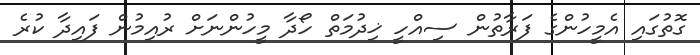
ގޮތުގައި އެމީހުންގެ ފަރާތުން ސިއްހީ ޚިދުމަތް ހޯދާ މީހުންނަށް ރުއިމުން ފައިދާ ކުރެ